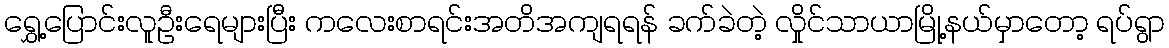
ရွှေ့ပြောင်းလူဦးရေများပြီး ကလေးစာရင်းအတိအကျရရန် ခက်ခဲတဲ့ လှိုင်သာယာမြို့နယ်မှာတော့ ရပ်ရွာ